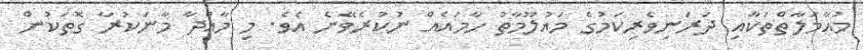
މުއާމަލާތްތަކާއި ދަރަނިވެރިކަމުގެ މައުލޫމާތު ހާމައެއް ނުކުރެވޭނެ އެވެ. މި މާއްދާ މާނަކުރާ ގޮތަކުން